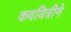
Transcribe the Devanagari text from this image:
कवयित्रीने